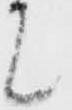
て